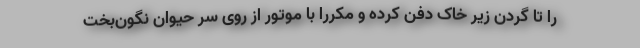
را تا گردن زیر خاک دفن کرده و مکررا با موتور از روی سر حیوان نگون‌بخت